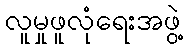
လူမှုဖူလုံရေးအဖွဲ့